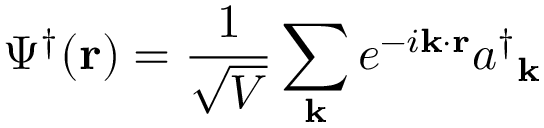
\Psi ^ { \dagger } ( \mathbf { r } ) = { \frac { 1 } { \sqrt { V } } } \sum _ { \mathbf { k } } e ^ { - i \mathbf { k \cdot r } } { a ^ { \dagger } } _ { \mathbf { k } }